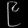
Digit: ၉